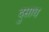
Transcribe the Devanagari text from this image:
दुसाध